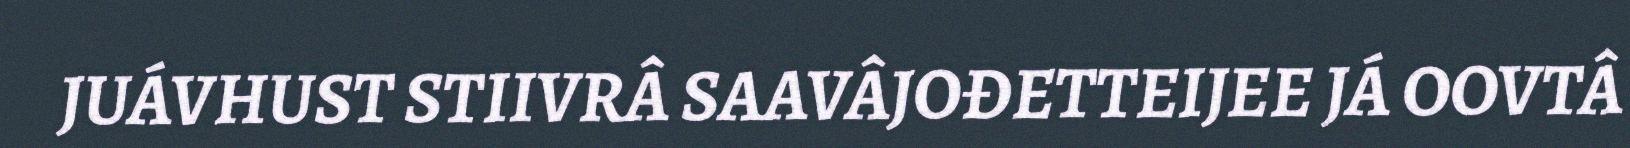
JUÁVHUST STIIVRÂ SAAVÂJOĐETTEIJEE JÁ OOVTÂ